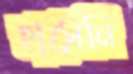
হাসেনি